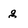
Character: g